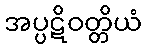
အပ္ပဋိဝတ္တိယံ